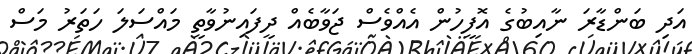
އަދި ބަންޑާރަ ނާއިބުގެ އޮފީހުން އެއްވެސް ޖަވާބެއް ދީފައިނުވާތީ މައްސަލަ ހަތަރު މަސް